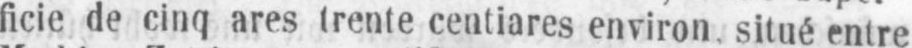
ficie de cinq ares trente centiares environ. situé entre